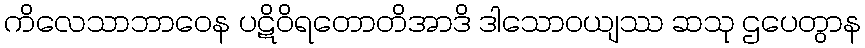
ကိလေသာဘာဝေန ပဋိဝိရတောတိအာဒိ ဒါသောဝယျဿ ဆသု ဌပေတွာန